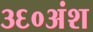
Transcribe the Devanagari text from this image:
३६०अंश